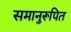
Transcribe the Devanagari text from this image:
समानुरूपित